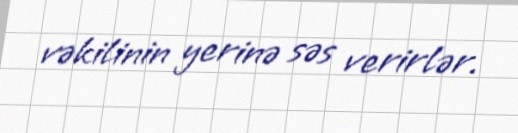
vəkilinin yerinə səs verirlər.